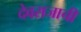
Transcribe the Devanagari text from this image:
देवराजाची